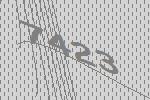
7423